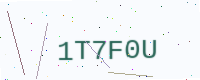
Text: 1T7F0U